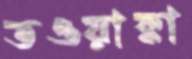
তওয়াক্কা